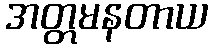
အတ္တမနတာယ